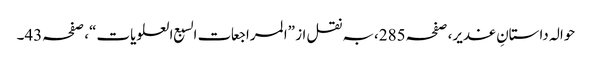
حوالہ داستانِ غدیر، صفحہ285،بہ نقل از ”المراجعات السبع العلویات“، صفحہ43۔